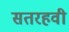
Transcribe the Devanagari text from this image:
सतरहवी